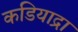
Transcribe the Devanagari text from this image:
कडियाद्रा